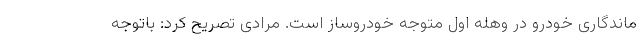
ماندگاری خودرو در وهله اول متوجه خودروساز است. مرادی تصریح کرد: باتوجه